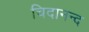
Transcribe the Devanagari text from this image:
चिदानन्‍द